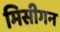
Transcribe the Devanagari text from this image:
मिसीगन